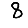
Digit: 8